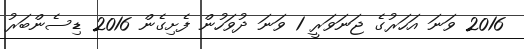
2016 ވަނަ އަހަރުގެ ޖަނަވަރީ 1 ވަނަ ދުވަހުން ފެށިގެން 2016 ޑިސެންބަރު